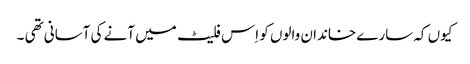
کیوں کہ سارے خاندان والوں کو اِس فلیٹ میں آنے کی آسانی تھی ۔